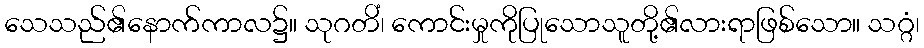
သေသည်၏နောက်ကာလ၌။ သုဂတိံ၊ ကောင်းမှုကိုပြုသောသူတို့၏လားရာဖြစ်သော။ သဂ္ဂံ၊